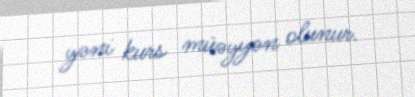
yəni kurs müəyyən olunur.